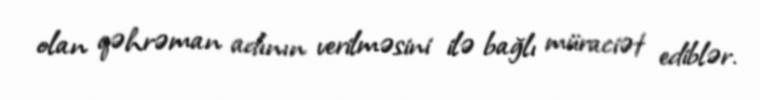
olan qəhrəman adının verilməsini ilə bağlı müraciət ediblər.